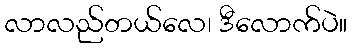
လာလည်တယ်လေ၊ ဒီလောက်ပဲ။